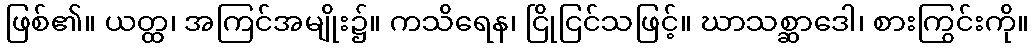
ဖြစ်၏။ ယတ္ထ၊ အကြင်အမျိုး၌။ ကသိရေန၊ ငြိုငြင်သဖြင့်။ ဃာသစ္ဆာဒေါ၊ စားကြွင်းကို။